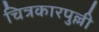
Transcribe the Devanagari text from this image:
चित्रकारपुल्ली